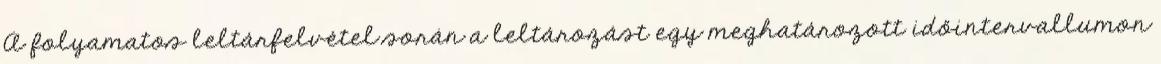
A folyamatos leltárfelvétel során a leltározást egy meghatározott időintervallumon